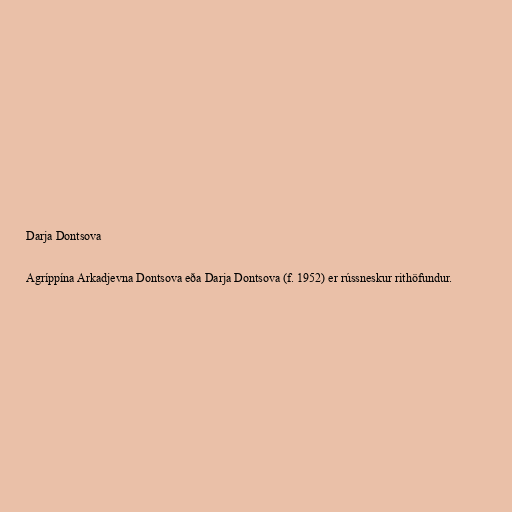
Darja Dontsova

Agríppína Arkadjevna Dontsova eða Darja Dontsova (f. 1952) er rússneskur rithöfundur.